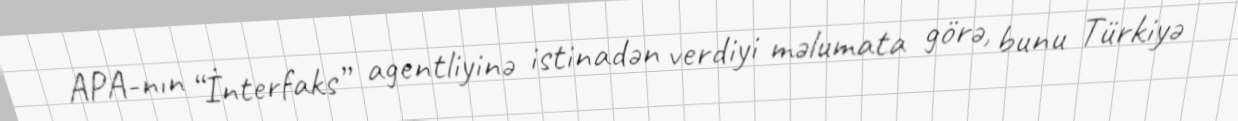
APA-nın “İnterfaks” agentliyinə istinadən verdiyi məlumata görə, bunu Türkiyə